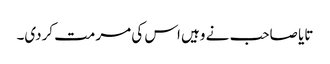
تایا صاحب نے وہیں اس کی مرمت کردی۔